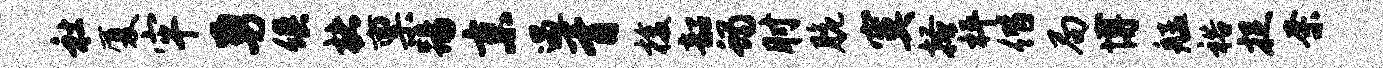
社厦牢勇俱楮禀踢京遇胥梭韶蝎肘脆寞搔枰偕局博艋裕捉奈